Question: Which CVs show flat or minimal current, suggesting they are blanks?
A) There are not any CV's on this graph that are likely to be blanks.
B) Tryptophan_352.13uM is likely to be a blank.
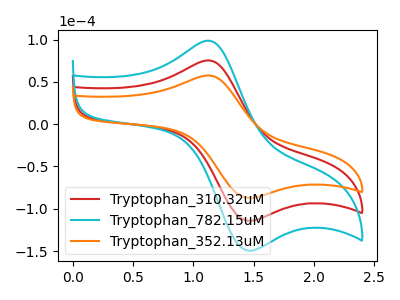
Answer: <think>The red curve "Tryptophan_310.32uM" has an anodic peak at (1.10V, 75.30uA) and a cathodic peak at (1.45V, -113.40uA). The cyan curve "Tryptophan_782.15uM" has an anodic peak at (1.10V, 150.65uA) and a cathodic peak at (1.45V, -226.85uA). The orange curve "Tryptophan_352.13uM" has an anodic peak at (1.10V, 57.50uA) and a cathodic peak at (1.45V, -86.60uA).</think>
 <answer>A) There are not any CV's on this graph that are likely to be blanks.</answer>
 <eval>A</eval>